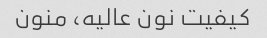
کیفیت نون عالیه، منون